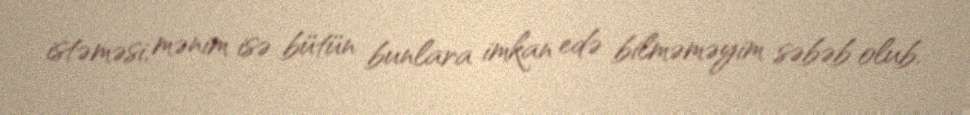
istəməsi, mənim isə bütün bunlara imkan edə bilməməyim səbəb olub.